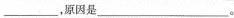
___，原因是___。